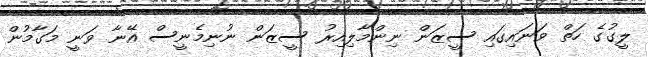
ލީގުގެ ހަތް ވަނައިގައި ސީޒަން ނިންމާލިއިރު ސީޒަން ނުނިމެނީސް އޭނާ ވަނީ މަގާމުން